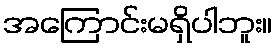
အကြောင်းမရှိပါဘူး။